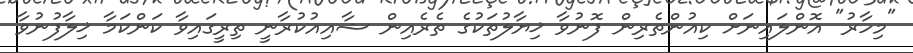
"މިހާރު" އޮންލައިނަށް ކިއުންތެރިން ފޮނުވާ ޚިޔާލުތަކުގެ ތެރެއިން ޝާއިއުކުރާނީ ތިރީގައިވާ ކަންކަމާ ޚިލާފުނުވާ